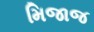
મિજાજ